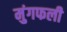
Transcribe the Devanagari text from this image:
मुंगफली